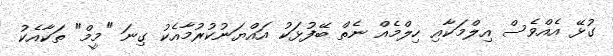
ގުޅޭ އެއްވެސް އިލްމަކާއި ހިލްމެއް ނެތް ބޭފުޅަކު އައްޔަނުކުރުމާއެކު ގިނަ "މީމް" ތަކާއެކު